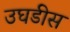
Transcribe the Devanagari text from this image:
उघडीस